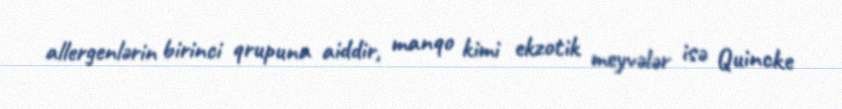
allergenlərin birinci qrupuna aiddir, manqo kimi ekzotik meyvələr isə Quincke